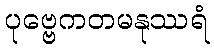
ပုဗ္ဗေကတမနုဿရံ